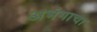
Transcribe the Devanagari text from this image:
अभंगाचा